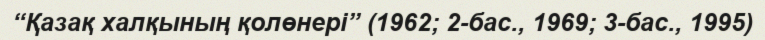
“Қазақ халқының қолөнері” (1962; 2-бас., 1969; 3-бас., 1995)